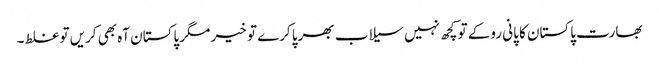
بھارت پاکستان کا پانی روکے تو کچھ نہیں سیلاب بھرپا کرے تو خیر مگر پاکستان آہ بھی کریں تو غلط۔